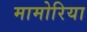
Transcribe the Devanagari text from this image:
मामोरिया